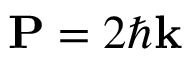
\mathbf { P } = 2 \hbar \mathbf { k }